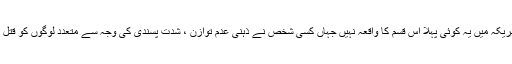
اگرچہ امریکہ میں یہ کوئی پہلا اس قسم کا واقعہ نہیں جہاں کسی شخص نے ذہنی عدم توازن ، شدت پسندی کی وجہ سے متعدد لوگوں کو قتل کردیا ہو۔